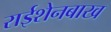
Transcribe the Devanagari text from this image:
राईशेनबाख